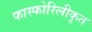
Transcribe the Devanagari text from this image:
फास्फोरिलीकृत